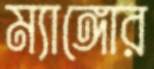
ম্যাঙ্গোর